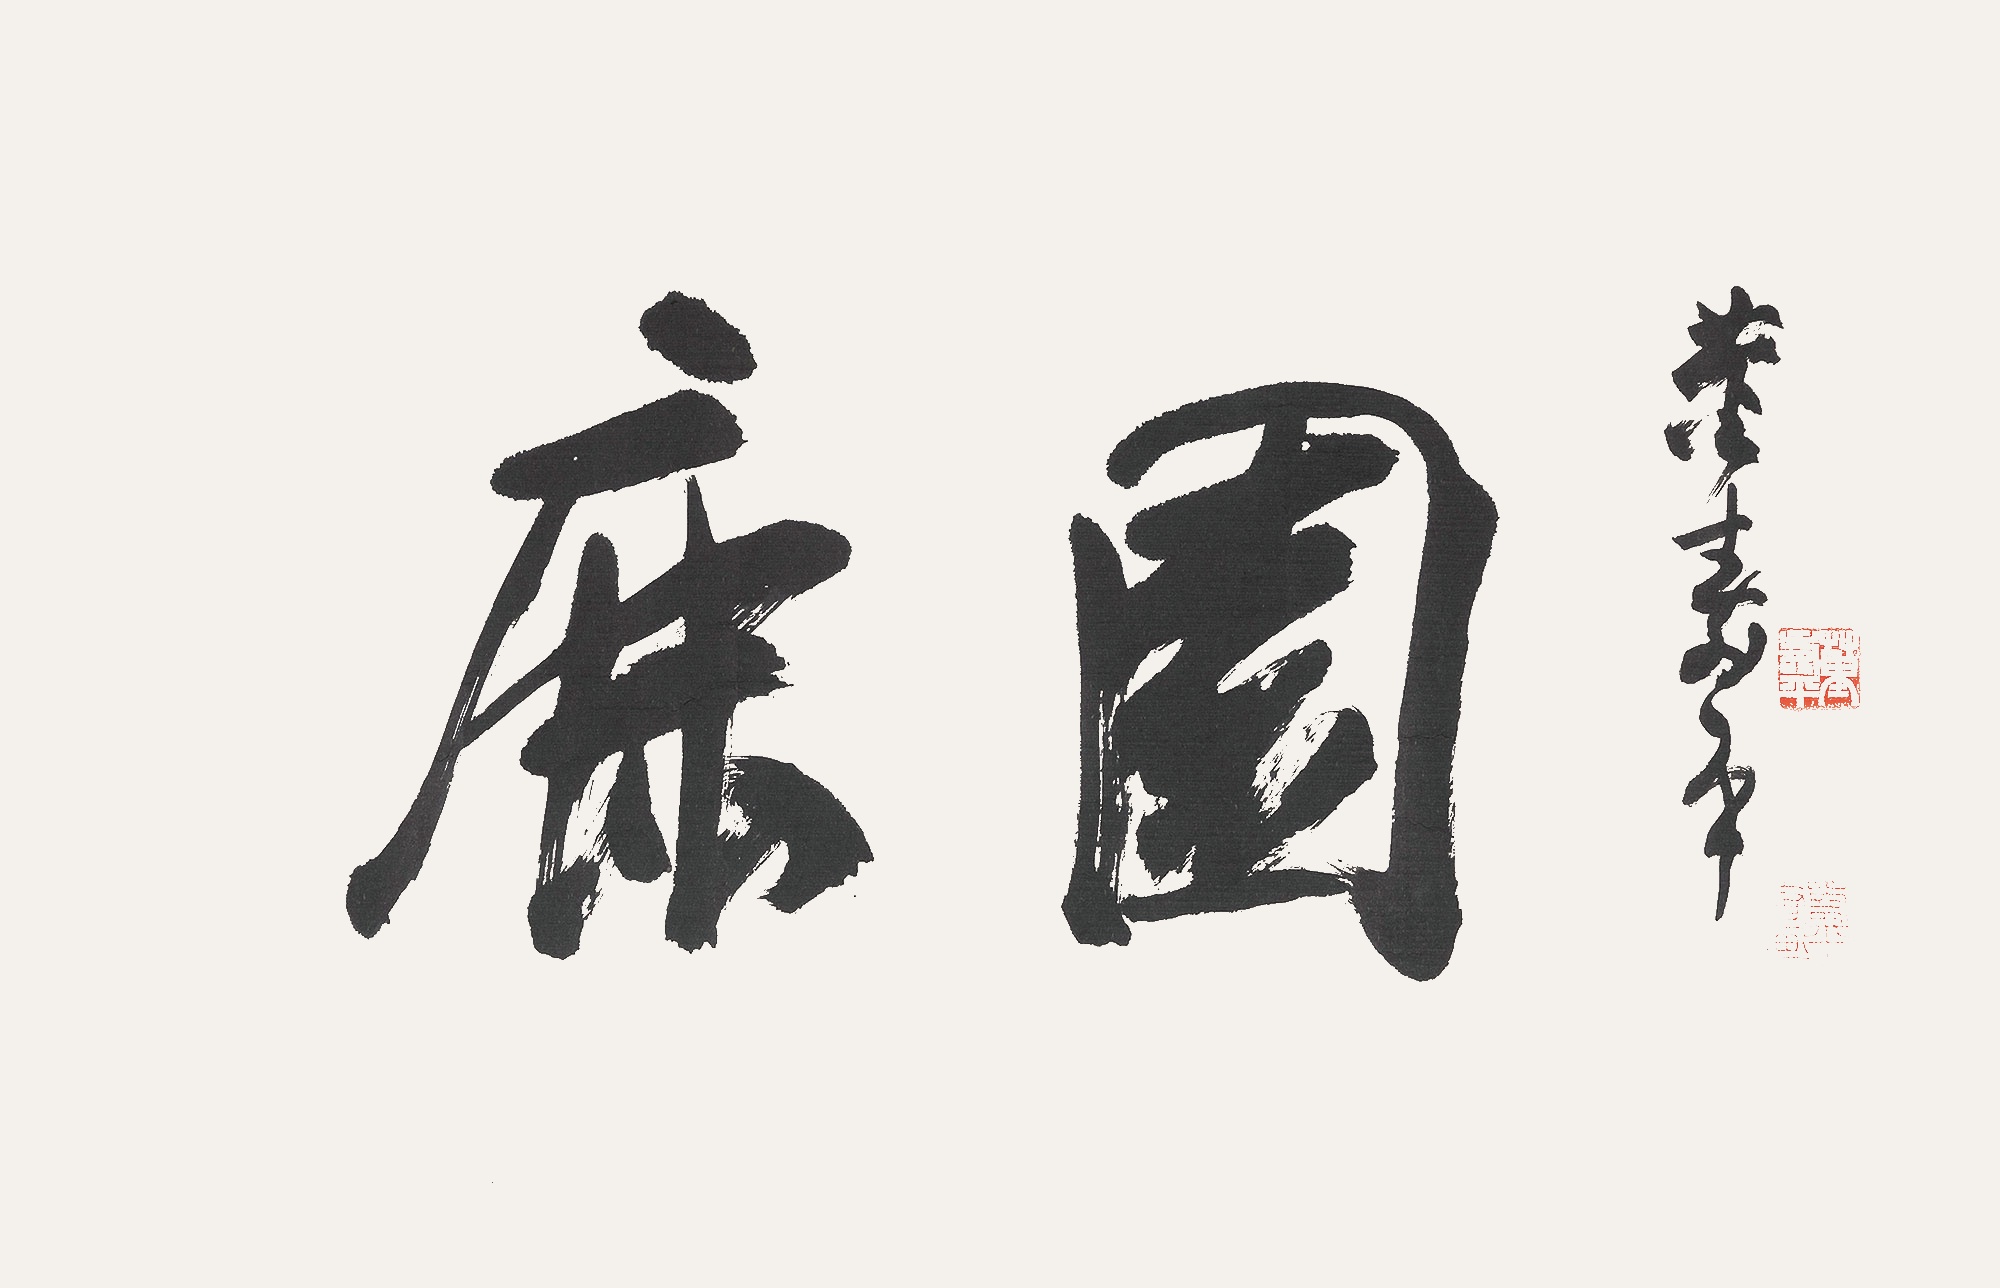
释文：鹿园董寿平。